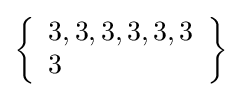
\left\{{\begin{array}{l}3,3,3,3,3,3\\3\end{array}}\right\}